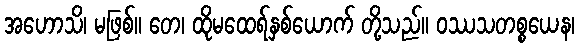
အဟောသိ၊ မဖြစ်။ တေ၊ ထိုမထေရ်နှစ်ယောက် တို့သည်။ ဝဿသတစ္စယေန၊